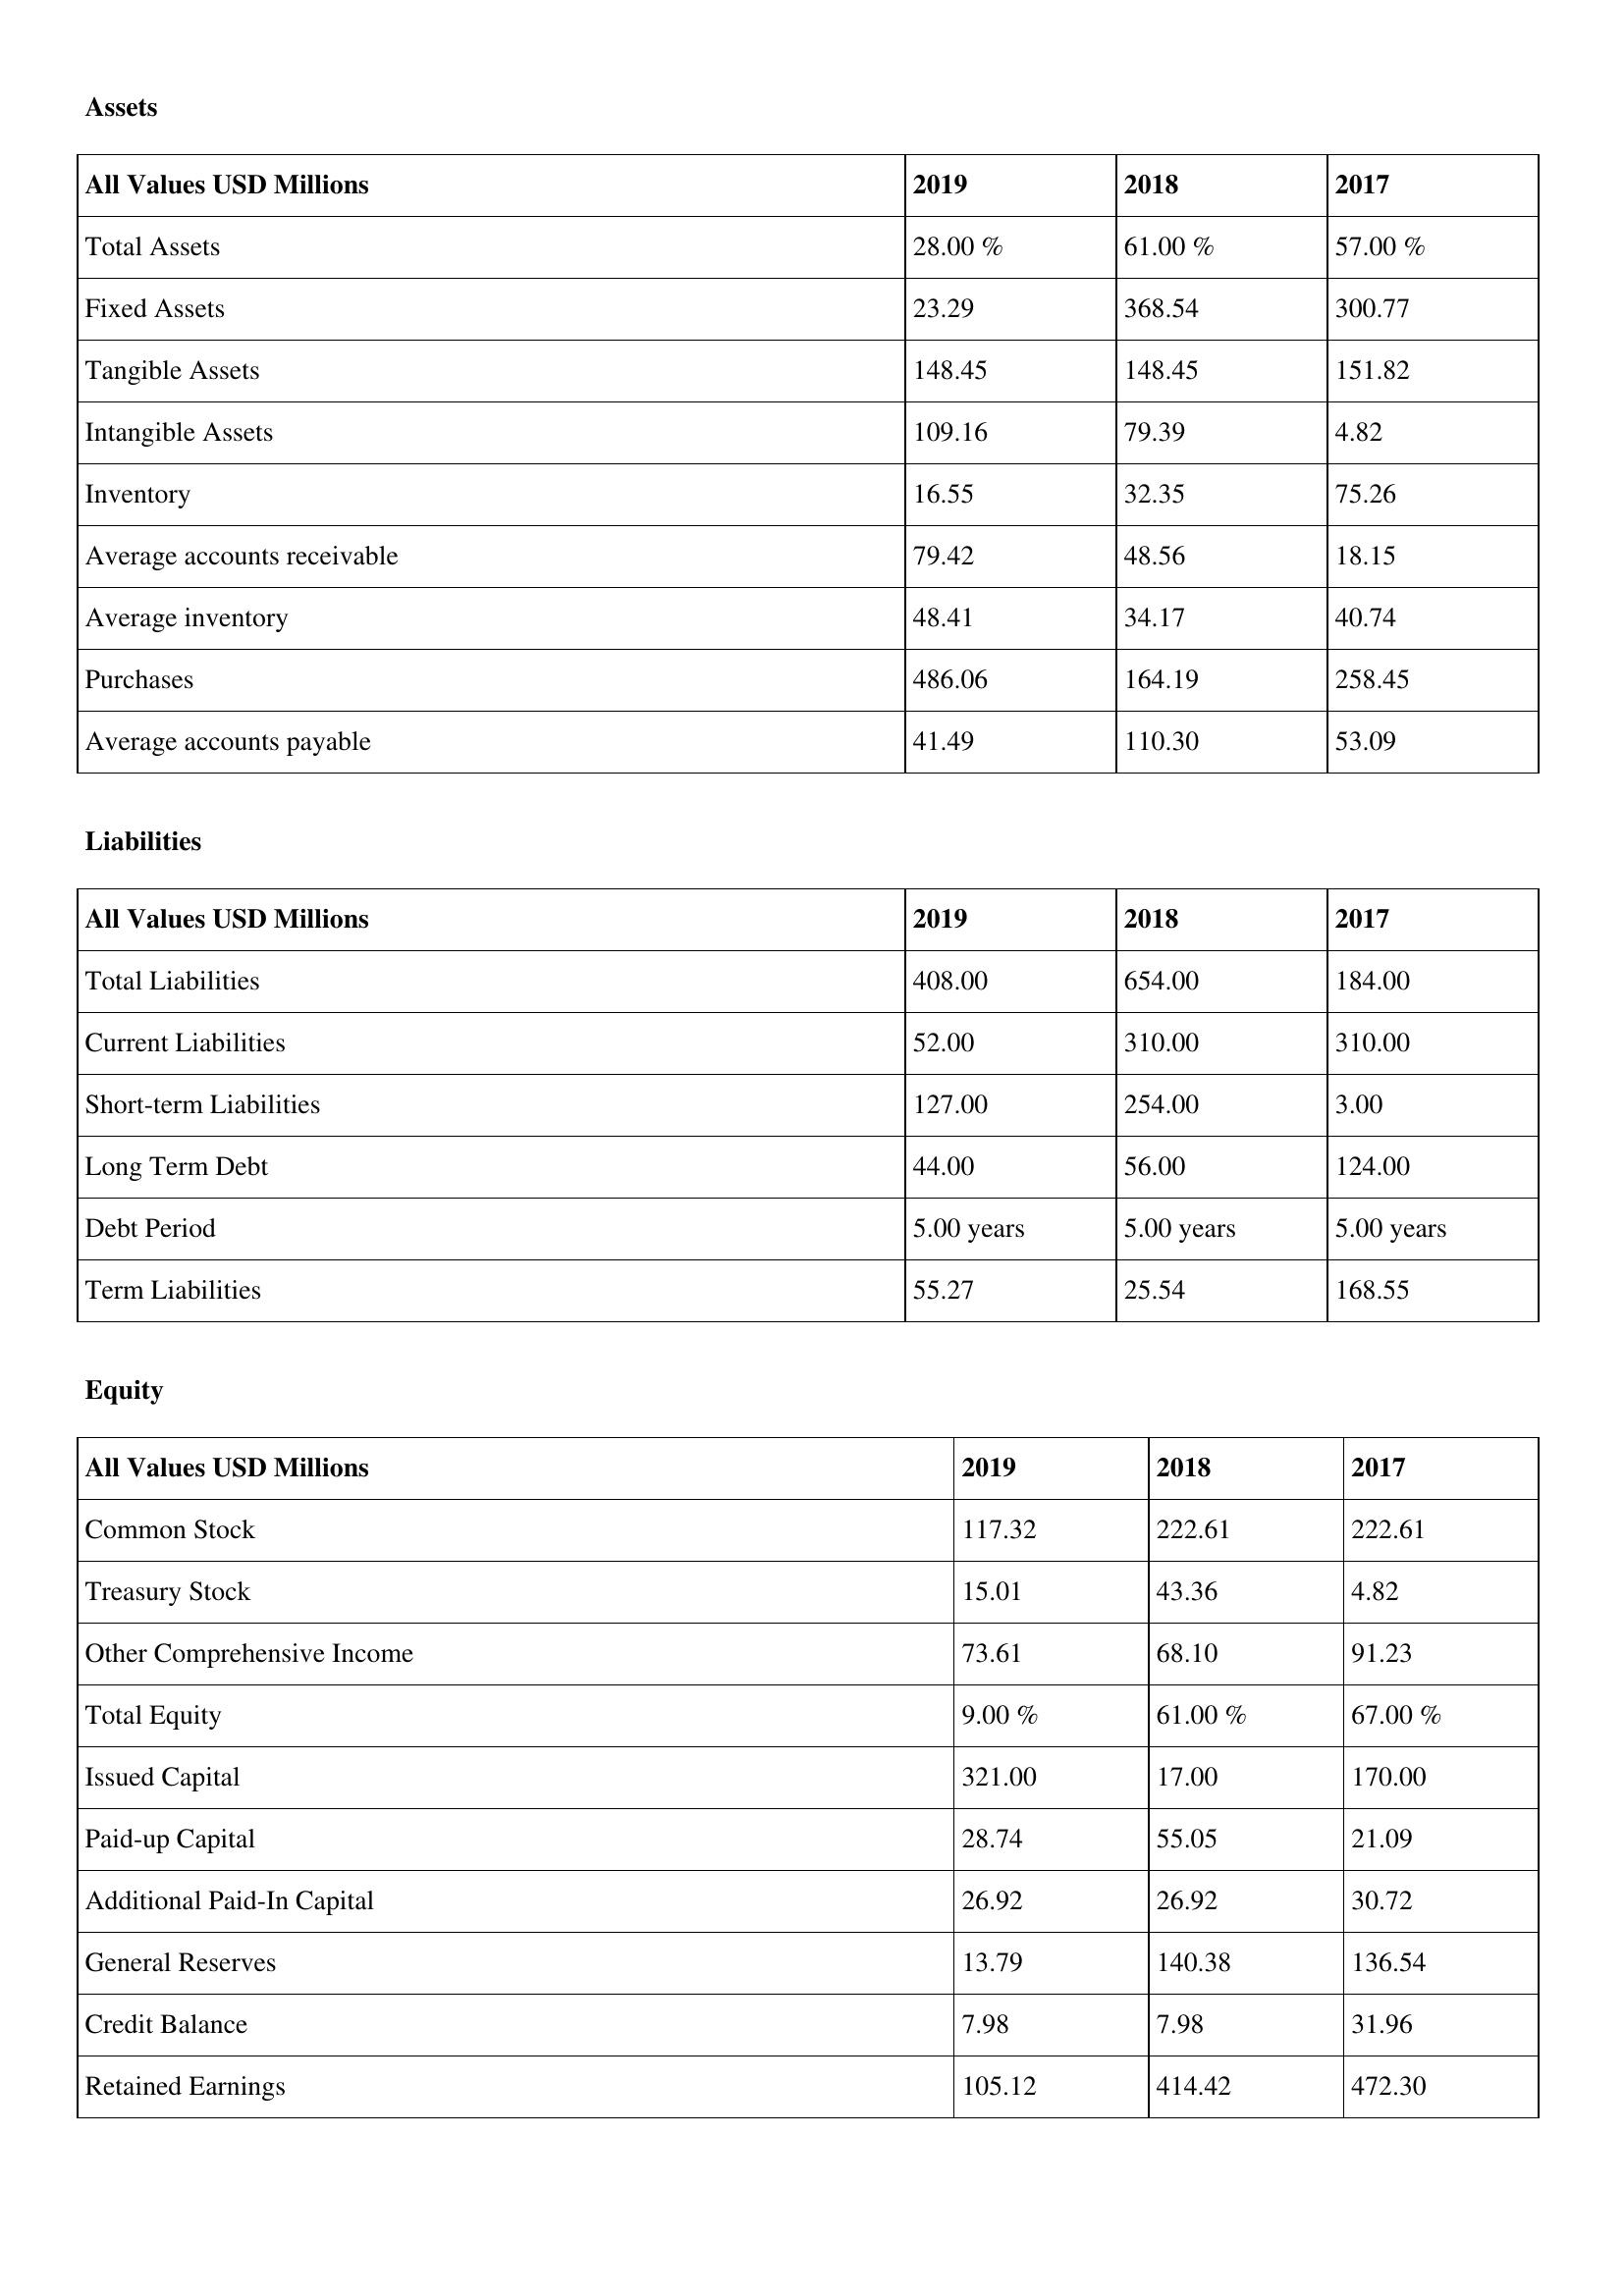
gt_parse: 2019: Assets: Total Assets: 28.00 %
Fixed Assets: 23.29
Tangible Assets: 148.45
Intangible Assets: 109.16
Inventory: 16.55
Average accounts receivable: 79.42
Average inventory: 48.41
Purchases: 486.06
Average accounts payable: 41.49
Liabilities: Total Liabilities: 408.00
Current Liabilities: 52.00
Short-term Liabilities: 127.00
Long Term Debt: 44.00
Debt Period: 5.00 years
Term Liabilities: 55.27
Equity: Common Stock: 117.32
Treasury Stock: 15.01
Other Comprehensive Income: 73.61
Total Equity: 9.00 %
Issued Capital: 321.00
Paid-up Capital: 28.74
Additional Paid-In Capital: 26.92
General Reserves: 13.79
Credit Balance: 7.98
Retained Earnings: 105.12
2018: Assets: Total Assets: 61.00 %
Fixed Assets: 368.54
Tangible Assets: 148.45
Intangible Assets: 79.39
Inventory: 32.35
Average accounts receivable: 48.56
Average inventory: 34.17
Purchases: 164.19
Average accounts payable: 110.30
Liabilities: Total Liabilities: 654.00
Current Liabilities: 310.00
Short-term Liabilities: 254.00
Long Term Debt: 56.00
Debt Period: 5.00 years
Term Liabilities: 25.54
Equity: Common Stock: 222.61
Treasury Stock: 43.36
Other Comprehensive Income: 68.10
Total Equity: 61.00 %
Issued Capital: 17.00
Paid-up Capital: 55.05
Additional Paid-In Capital: 26.92
General Reserves: 140.38
Credit Balance: 7.98
Retained Earnings: 414.42
2017: Assets: Total Assets: 57.00 %
Fixed Assets: 300.77
Tangible Assets: 151.82
Intangible Assets: 4.82
Inventory: 75.26
Average accounts receivable: 18.15
Average inventory: 40.74
Purchases: 258.45
Average accounts payable: 53.09
Liabilities: Total Liabilities: 184.00
Current Liabilities: 310.00
Short-term Liabilities: 3.00
Long Term Debt: 124.00
Debt Period: 5.00 years
Term Liabilities: 168.55
Equity: Common Stock: 222.61
Treasury Stock: 4.82
Other Comprehensive Income: 91.23
Total Equity: 67.00 %
Issued Capital: 170.00
Paid-up Capital: 21.09
Additional Paid-In Capital: 30.72
General Reserves: 136.54
Credit Balance: 31.96
Retained Earnings: 472.30